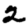
Digit: 2